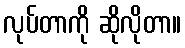
လုပ်တာကို ဆိုလိုတာ။